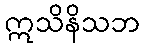
ဣသိနိသဘ